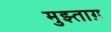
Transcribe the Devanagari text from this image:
मुझ्ताग़